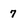
Character: 7